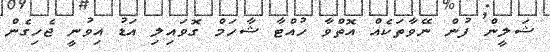
ޝަލީން ފުން ނޭވާތަކެއް އޮތްވާ ހުއްޓާ ޝާހަމް ގޮވައިލި އަޑު އިވުނީ ޖެހިގެން